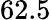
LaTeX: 62.5